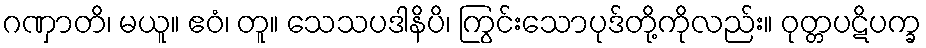
ဂဏှာတိ၊ မယူ။ ဧဝံ၊ တူ။ သေသပဒါနိပိ၊ ကြွင်းသောပုဒ်တို့ကိုလည်း။ ဝုတ္တပဋိပက္ခ